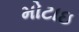
મોટાઇ